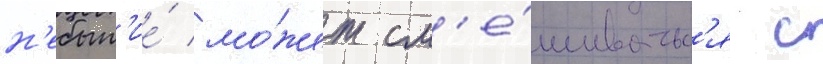
н'ебыт'ие́ мо́жет см'е́шиватьс'я с